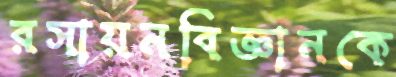
রসায়নবিজ্ঞানকে